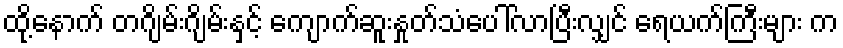
ထို့နောက် တဂျိမ်းဂျိမ်းနှင့် ကျောက်ဆူးနှုတ်သံပေါ်လာပြီးလျှင် ရေယက်ကြီးများ က